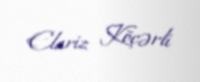
Elariz Köçərli